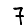
Digit: 7